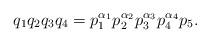
LaTeX: \begin{align*}q_1q_2q_3q_4 = p_1^{\alpha_1}p_2^{\alpha_2}p_3^{\alpha_3}p_4^{\alpha_4}p_5.\end{align*}